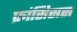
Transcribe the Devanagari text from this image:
फ्रांसिसस